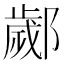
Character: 𨞣